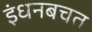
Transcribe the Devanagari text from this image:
इंधनबचत